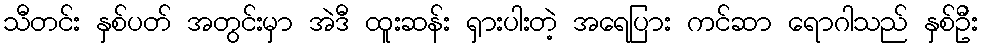
သီတင်း နှစ်ပတ် အတွင်းမှာ အဲဒီ ထူးဆန်း ရှားပါးတဲ့ အရေပြား ကင်ဆာ ရောဂါသည် နှစ်ဦး